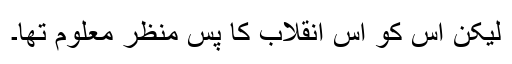
لیکن اس کو اس انقلاب کا پس منظر معلوم تھا۔